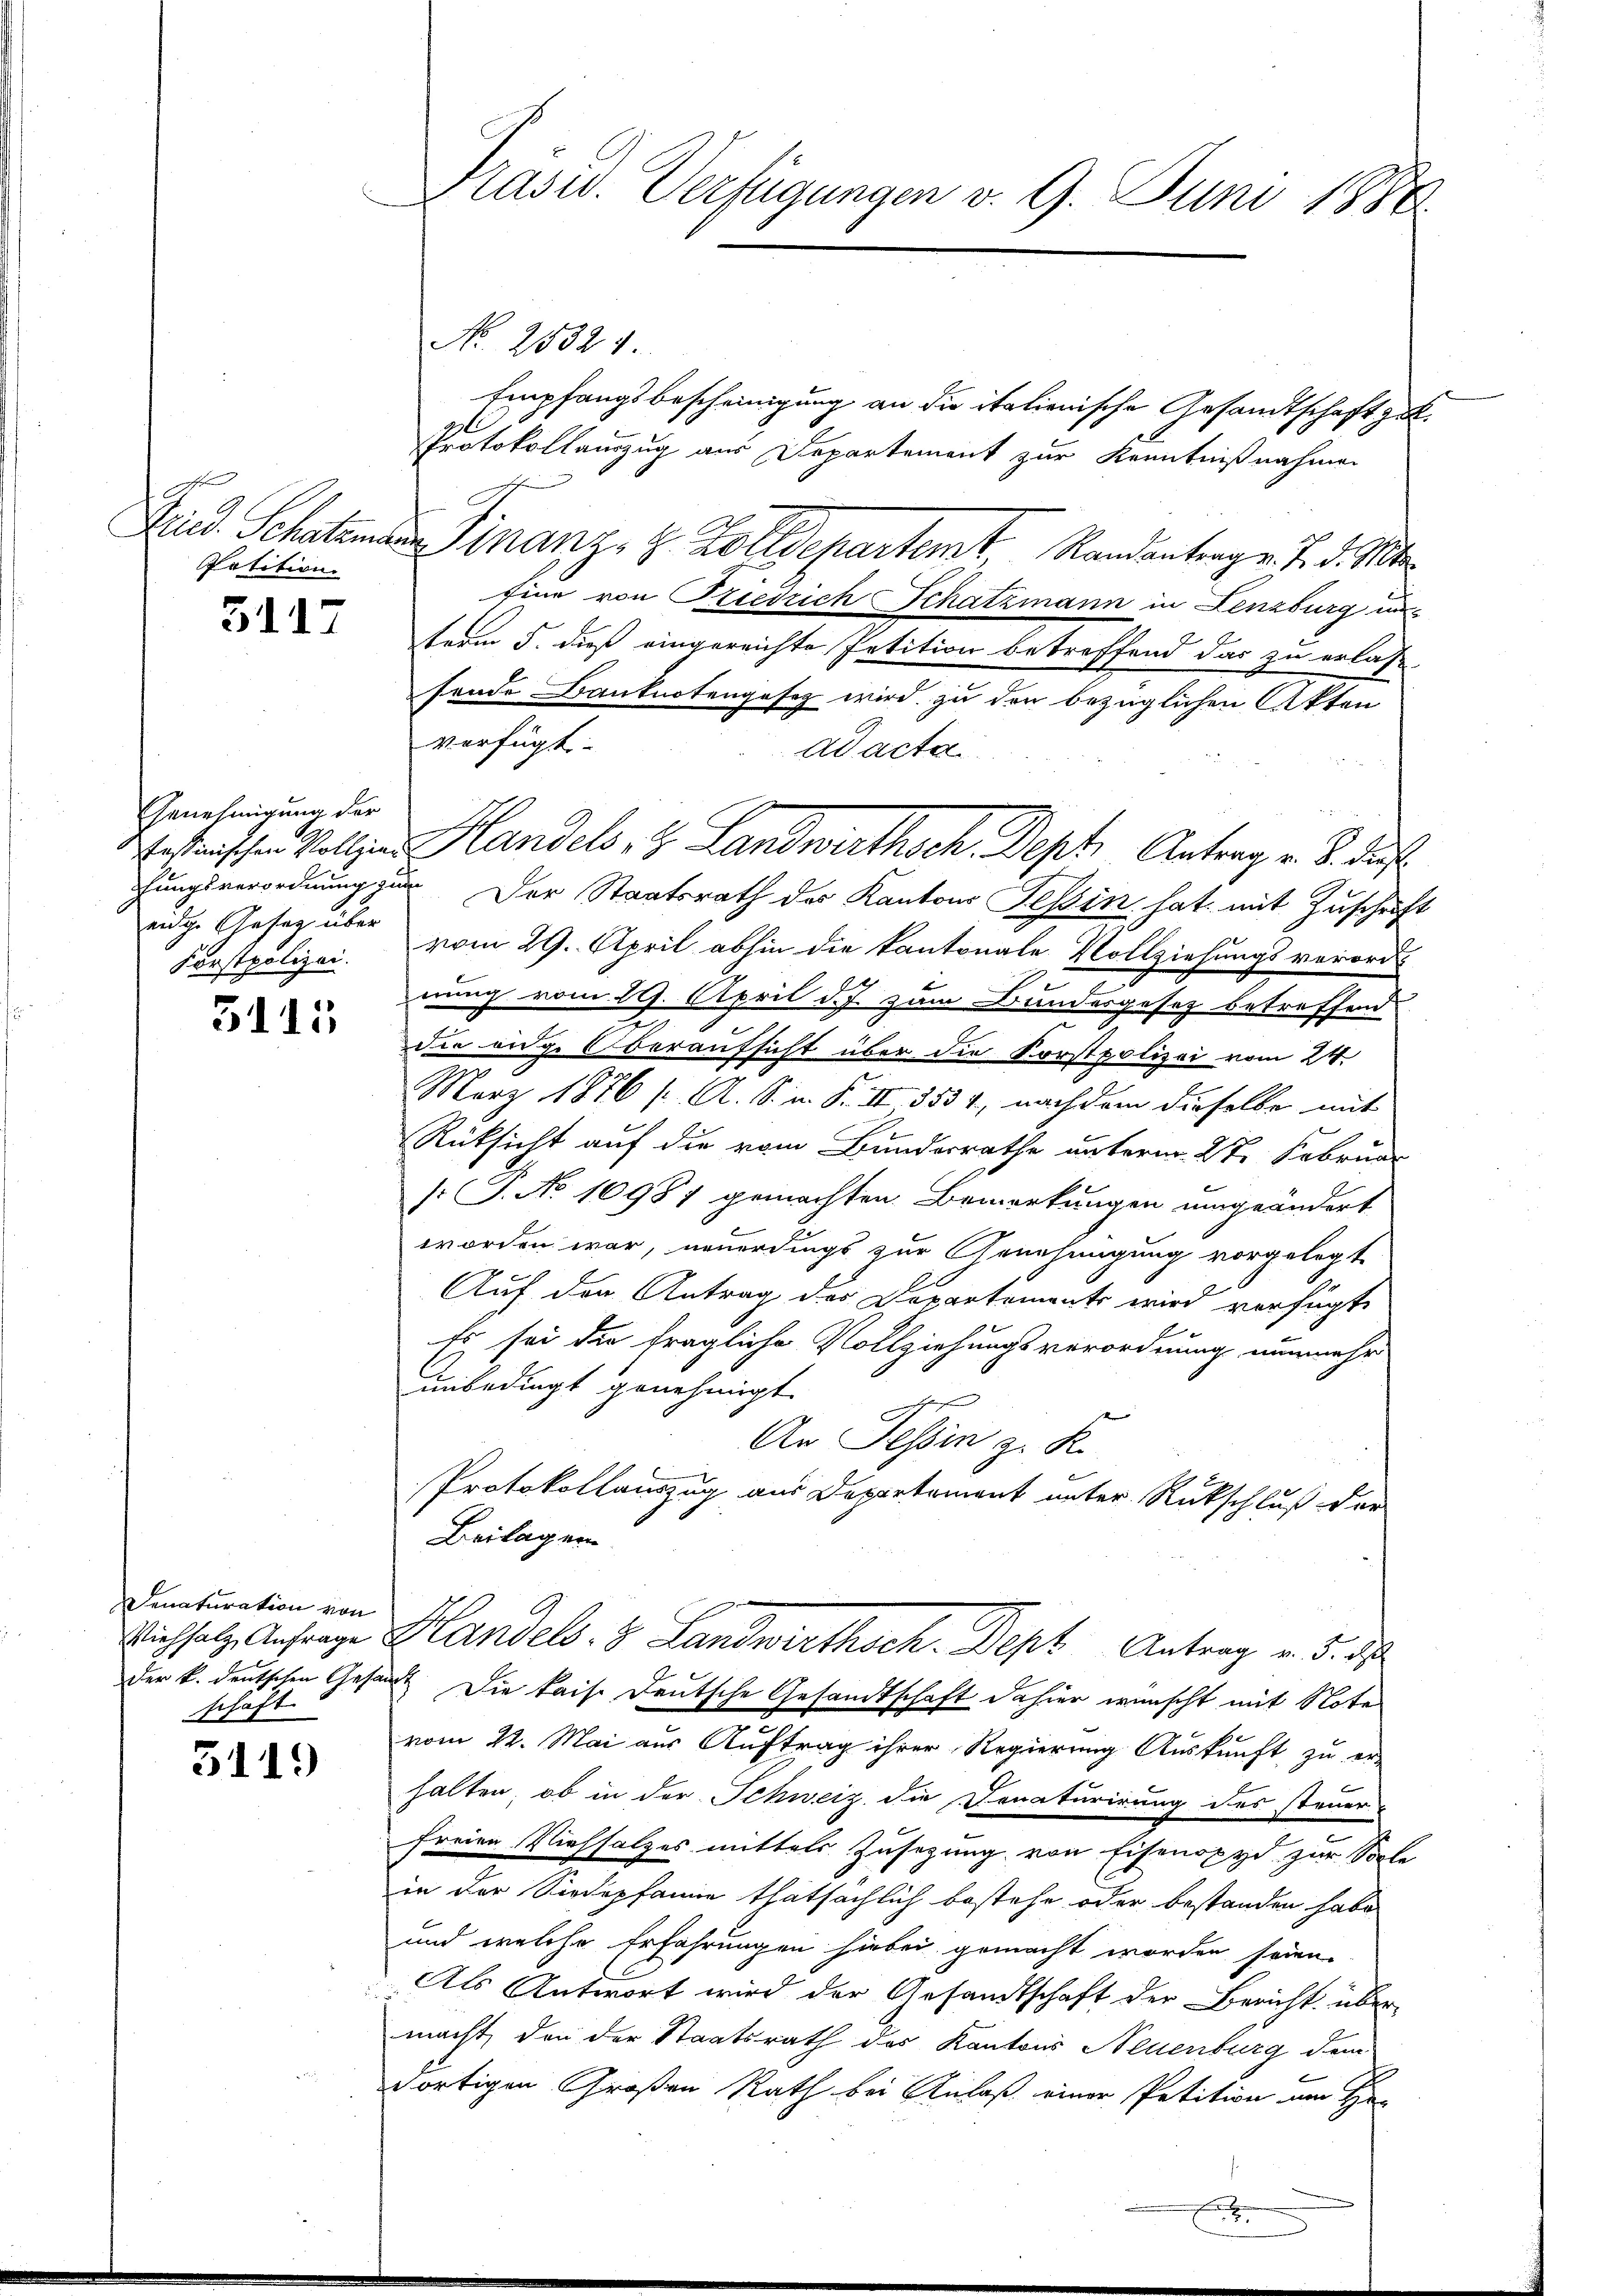
g
Petition

3117

Genehmigung der
eige Gesag über

5115

Denaturation von
schaft

3119

Präsid. Verfügungen v. 9. Juni 1886

No. 20324.
Empfangsbescheinigung an die italienische Gesandtschaft zu.
Protokollauszug aus Departement zur Kenntnißnahmen
Ried. Schatem Finanz Z. Zolldepartemt, Randantrag v. J. d. Mts.
Eine von Friedrich Schatzmann in Lenzburg unterm 5. dieß eingereichte Petition betreffend das zu erlas-
sende Banknotengesez wird zu der bezüglichen Akten
Adacta
fungsverordnung zu Der Staatsrath des Kantons Tessin hat mit Zuschrift
Forstpolizei vom 29. April abhin die kantonale Vollziehungsverord-
nung vom 29. April d. J. zum Bundesgesetz betreffend
die eidge Oberaufsicht über die Korstpolizei vom 24.
März 1876 / A. S. n. F. II 3534, nachdem dieselbe mit
Rücksicht auf die vom Bundesrathe unterm 27. Februar
s: P. No 10987 gemachten Bemerkungen umgeändert
worden war, neuerdings zur Genehmigung vorgelegt
Auf der Antrag des Departements wird verfügt,
Es sei die fragliche Vollziehungsverordnung nunmehr
unbedingt genehmigt.
e
An Tessin z. R.
Protokollauszug aus Departement unter Rückschluß der
Beilagen
Vichsatz Anfrage Handels. 3 Landwirthsch. Dept Antrag v. 5. ds
der k. deutschen Gesandt. Die kais. Deutsche Gesandtschaft dahier wünscht mit Note
.
vom 22. Mai aus Auftrag ihrer Regierung Auskunft zu er-
halten, ob in der Schweiz die Donaturirung des steuer-
freien Viehsalzes mittels Zusezung von Eisenoxyd zur Solle
in der Siedepfanne thatsächlich bestehe oder bestanden habe
und welche Erfahrungen hiebei gemacht worden seien.
Als Antwort wird der Gesandtschaft der Bericht übermacht, den der Staatsrath des Kantons Neuenburg dem
dortigen Großen Rath bei Anlaß einer Petition am He

verfügt:

Pestanischen Vollzu Handels, z. Landwirthsch. Deph Antrag v. 8. daf